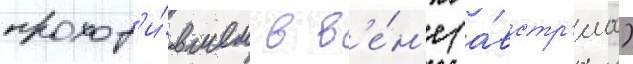
проход'и́вшем в в'е́н'е (а́встр'иа)